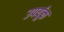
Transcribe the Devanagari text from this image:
उपर्यूक्त